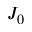
J _ { 0 }